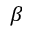
\beta